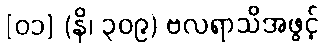
[၀၁] (နိ၊ ၃၀၉) ဗလရာသိအဖွင့်